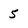
Character: 5